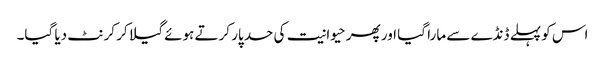
اس کو پہلے ڈنڈے سے مارا گیا اور پھر حیوانیت کی حد پار کرتے ہوئے گیلا کر کرنٹ دیا گیا۔